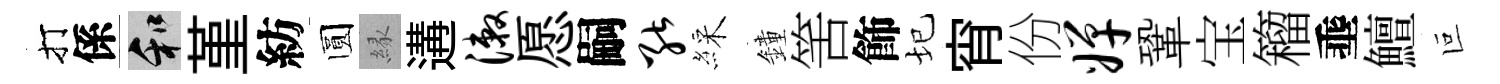
打係和堇紡圆縁遘漱愿嗣能綵鐘筈飾圮宵份婵鞏宝籕埀鱣叵